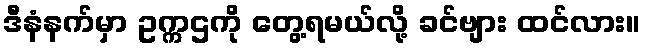
ဒီနံနက်မှာ ဥက္ကဌကို တွေ့ရမယ်လို့ ခင်ဗျား ထင်လား။